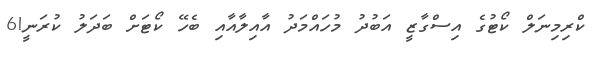
ކްރިމިނަލް ކޯޓުގެ އިސްގާޒީ އަބުދު މުހައްމަދު އާއިލާއާއި ބެހޭ ކޯޓަށް ބަދަލު ކުރަނީ!6